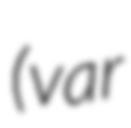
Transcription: (var